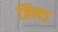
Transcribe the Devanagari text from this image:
ज़िन्टा